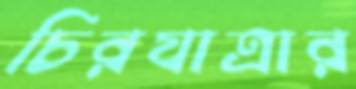
চিরযাত্রার